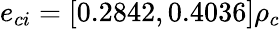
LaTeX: e_{ci}=[0.2842,0.4036]\rho_{c}